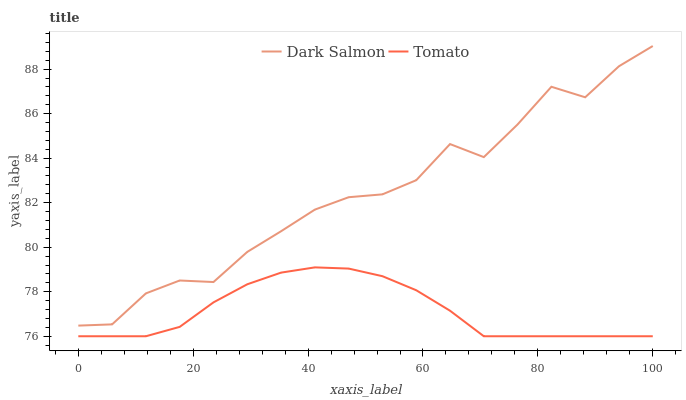
| xaxis_label | Dark Salmon | Tomato |
 | --- | --- | --- |
 | 0 | 76.5 | 76 |
 | 5.88 | 76.5 | 76 |
 | 11.8 | 77.9 | 76 |
 | 17.6 | 78.5 | 76.4 |
 | 23.5 | 78.4 | 77.5 |
 | 29.4 | 79.8 | 78.3 |
 | 35.3 | 80.7 | 78.9 |
 | 41.2 | 81.7 | 79.1 |
 | 47.1 | 82.2 | 79 |
 | 52.9 | 82.4 | 78.7 |
 | 58.8 | 83 | 78.1 |
 | 64.7 | 84.6 | 77.1 |
 | 70.6 | 84 | 76 |
 | 76.5 | 85.5 | 76 |
 | 82.4 | 87.2 | 76 |
 | 88.2 | 86.7 | 76 |
 | 94.1 | 88.1 | 76 |
 | 100 | 89 | 76 |